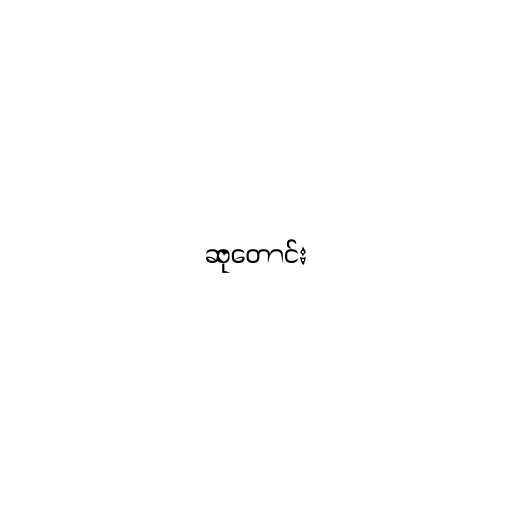
ဆုတောင်း